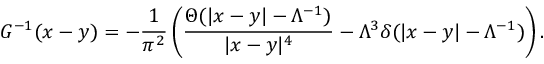
G ^ { - 1 } ( x - y ) = - \frac { 1 } { \pi ^ { 2 } } \left( \frac { \Theta ( | x - y | - \Lambda ^ { - 1 } ) } { | x - y | ^ { 4 } } - \Lambda ^ { 3 } \delta ( | x - y | - \Lambda ^ { - 1 } ) \right) .